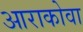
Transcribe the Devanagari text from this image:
आराकोवा